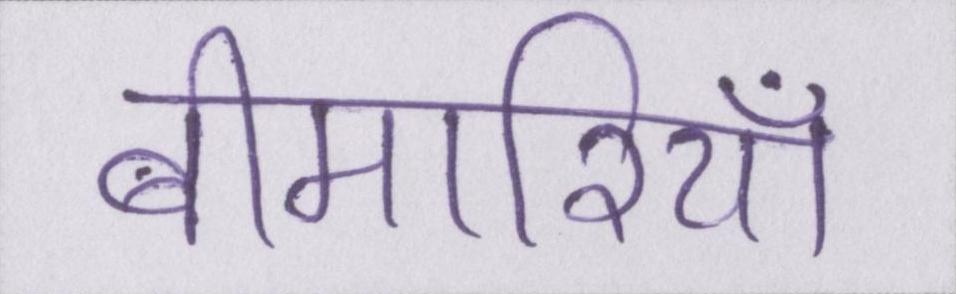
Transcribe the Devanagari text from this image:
बीमारियाँ